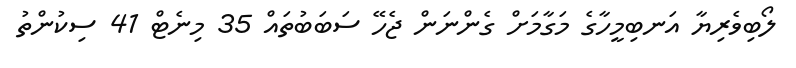
ލޯބިވެރިޔާ އަނބިމީހާގެ މަގާމަށް ގެންނަން ޖެހޭ ސަބަބުތައް 35 މިނެޓް 41 ސިކުންތު